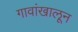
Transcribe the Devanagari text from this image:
गावांखालून